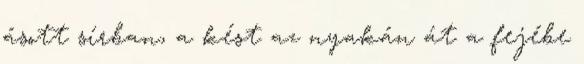
ásott sírban, a kést az nyakán át a fejébe